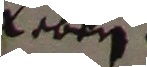
laben.